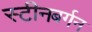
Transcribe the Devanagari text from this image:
स्टीनबर्गन